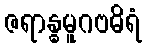
ဇရာန္ဓမူဂဗဓိရံ